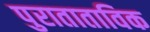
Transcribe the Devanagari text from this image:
पुराताताविक